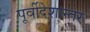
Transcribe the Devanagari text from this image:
पूर्वीदेशान्तर